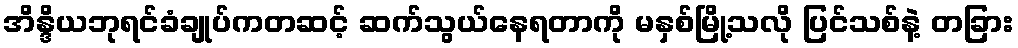
အိန္ဒိယဘုရင်ခံချုပ်ကတဆင့် ဆက်သွယ်နေရတာကို မနှစ်မြို့သလို ပြင်သစ်နဲ့ တခြား